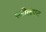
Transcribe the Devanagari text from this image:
स्त्रीलंपट